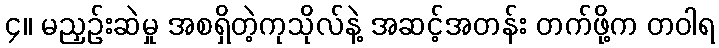
၄။ မညှဉ်းဆဲမှု အစရှိတဲ့ကုသိုလ်နဲ့ အဆင့်အတန်း တက်ဖို့က တဝါရ